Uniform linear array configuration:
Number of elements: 16
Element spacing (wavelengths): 0.75
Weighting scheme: hamming
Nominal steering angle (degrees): -60
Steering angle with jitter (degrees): -61.72
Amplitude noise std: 0.05
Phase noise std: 0.05

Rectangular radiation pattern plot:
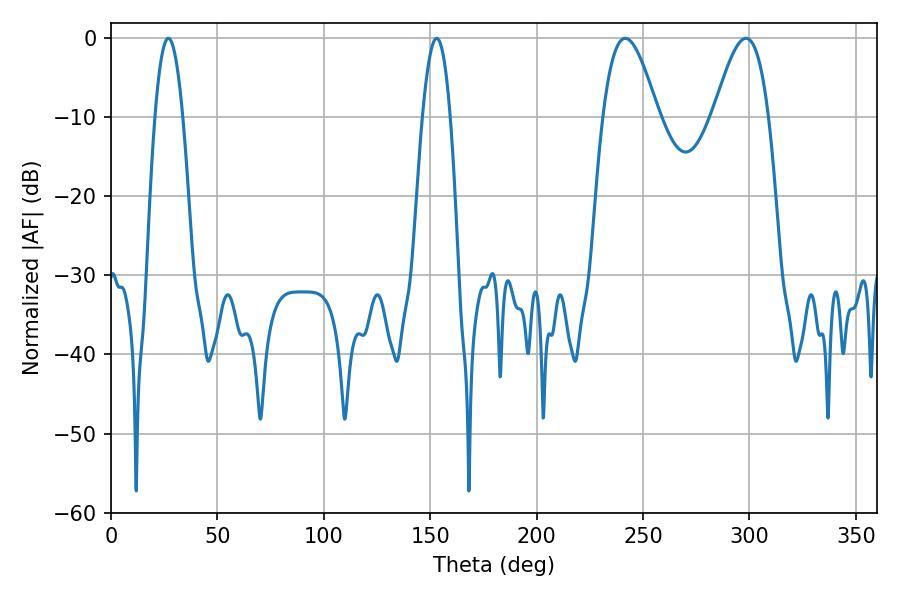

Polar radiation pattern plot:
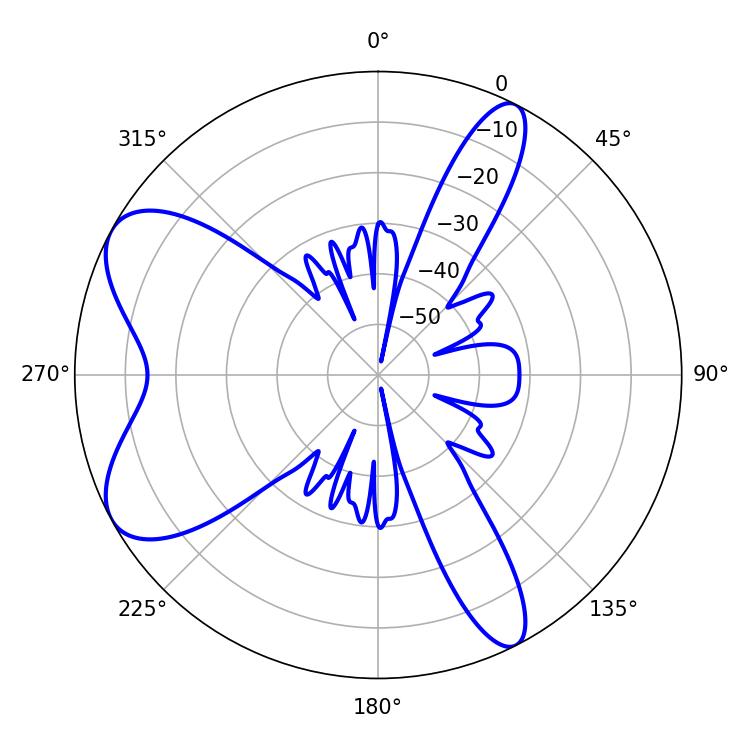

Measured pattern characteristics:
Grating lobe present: TRUE
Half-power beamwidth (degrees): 7.2
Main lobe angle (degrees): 153